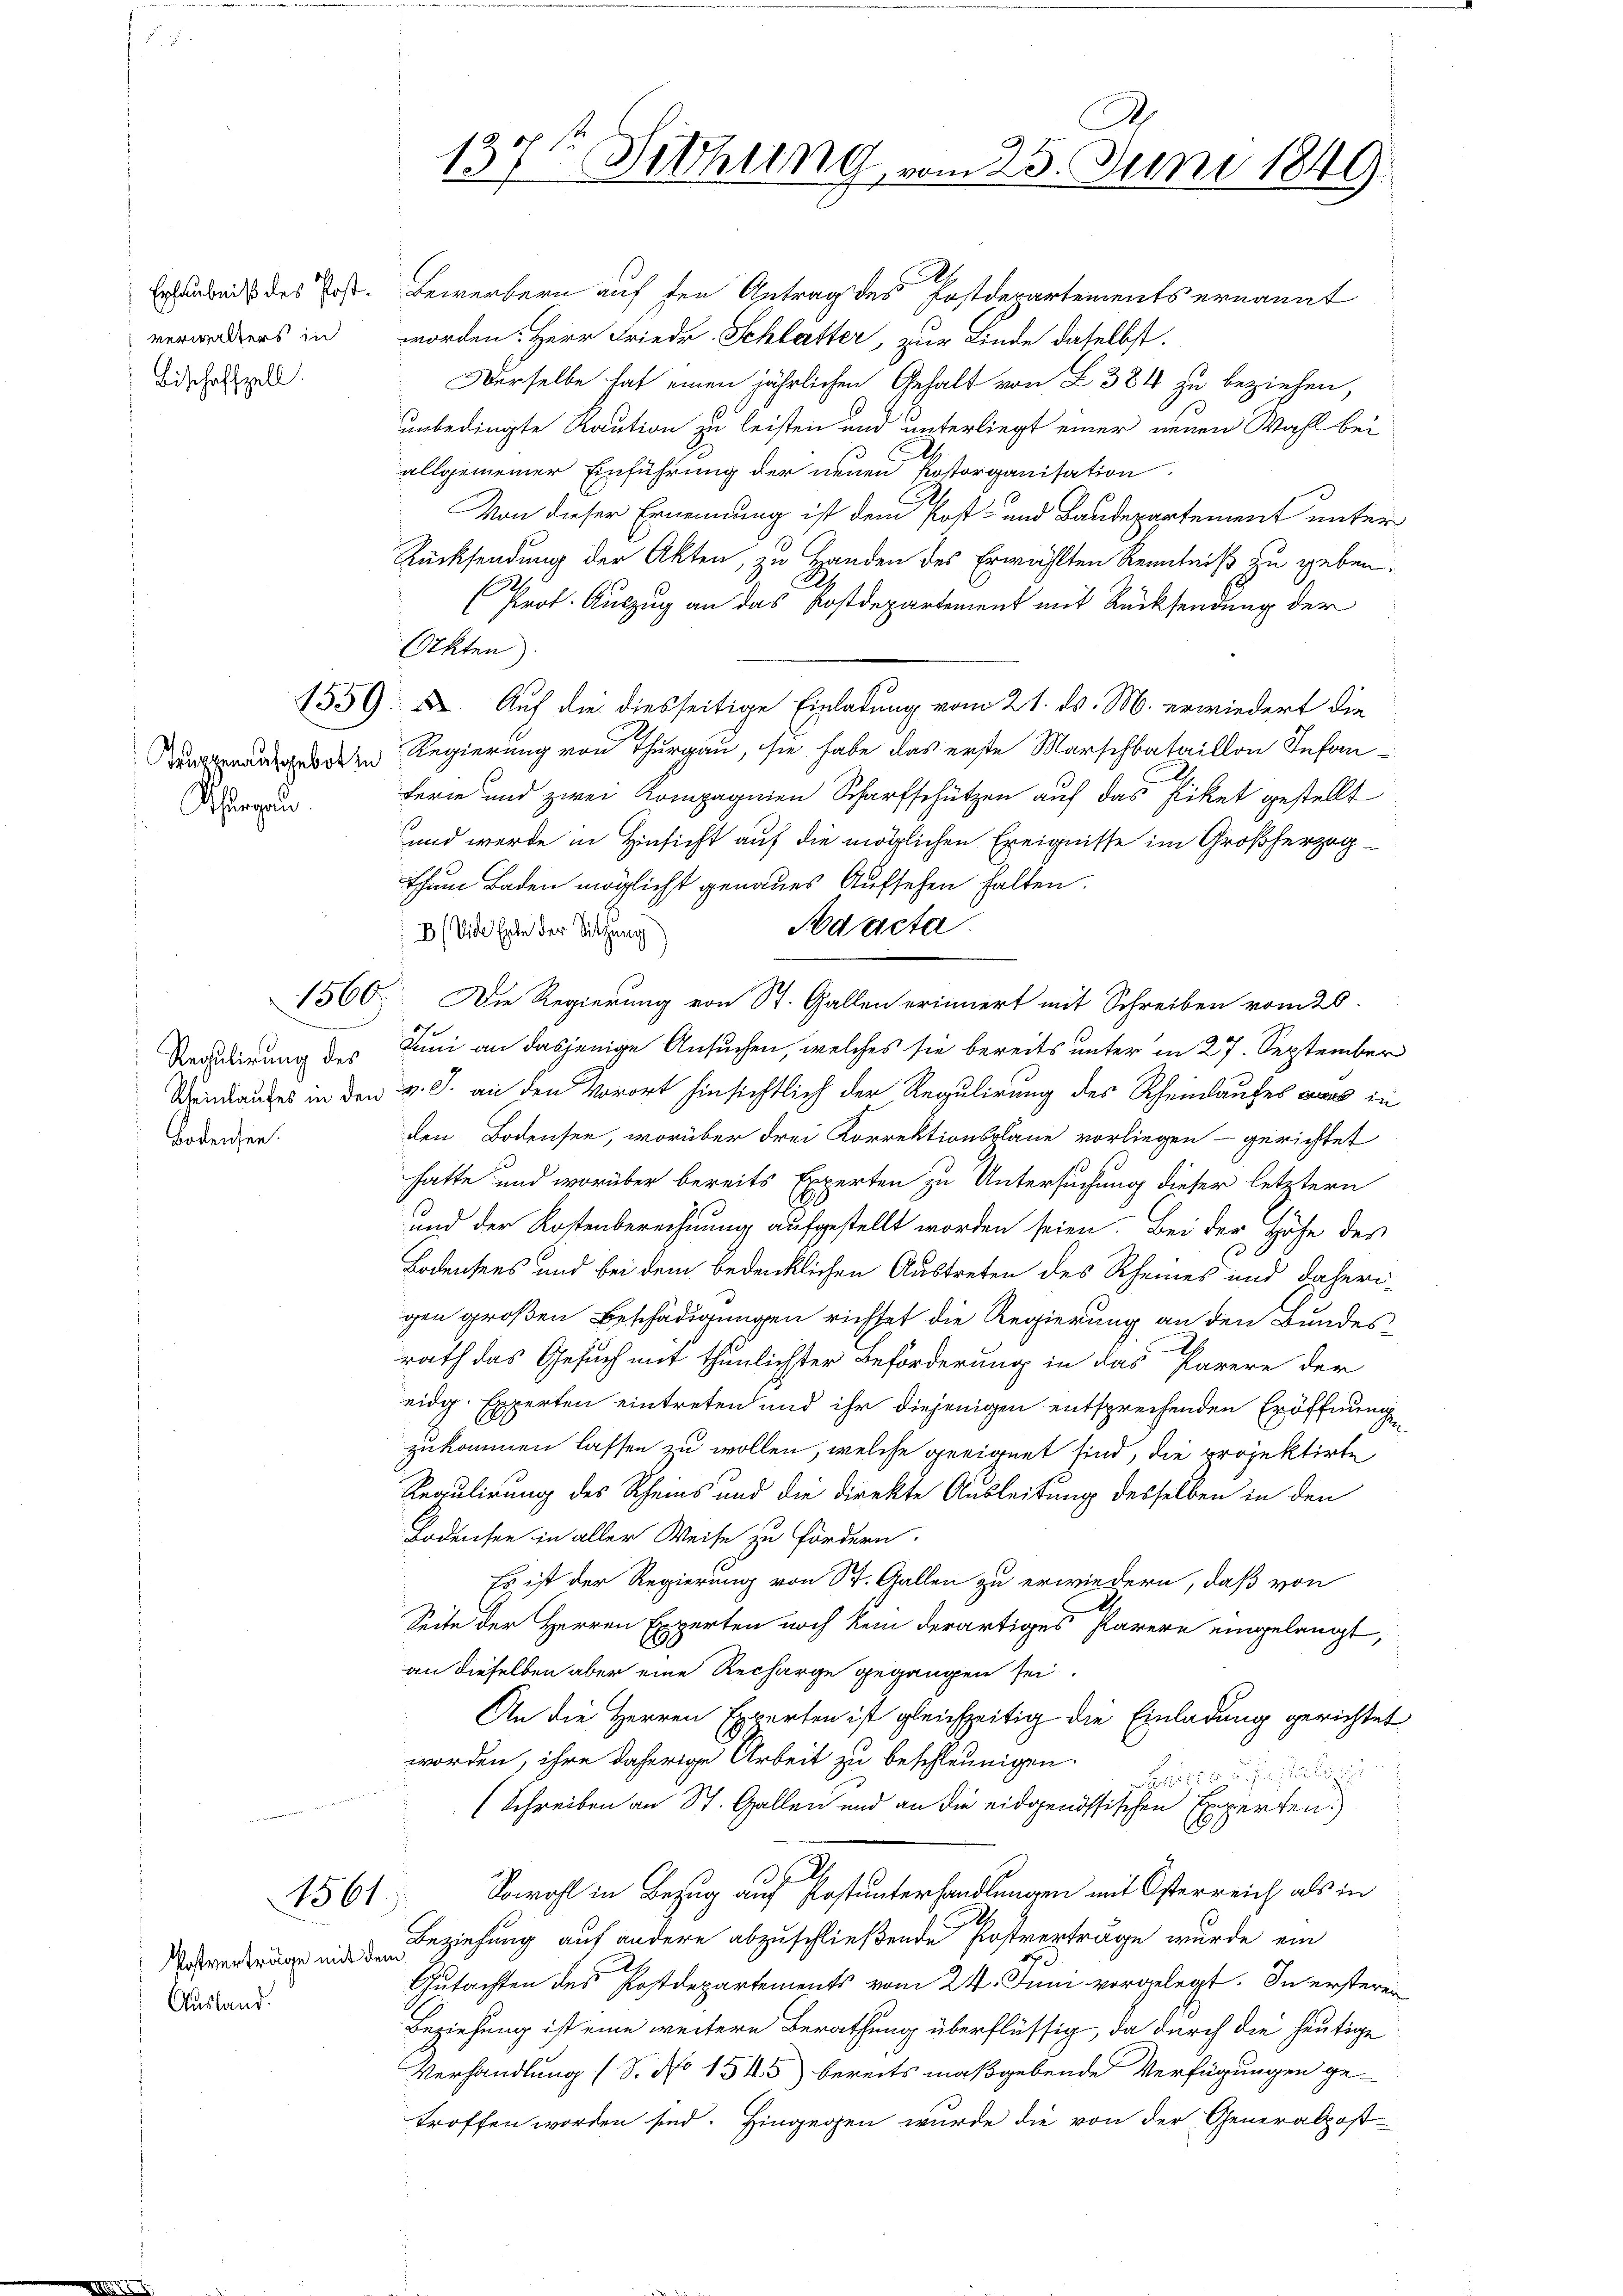
verwalters in
Bischaffzell.

Truppenaufgebot in
Thurgau

Regulirung des
bodensen.

1561.

Ausland.

.
137t Fithung vom 25. Juni 1849.

2
Erlaubniß des Post. Bewerbern auf den Antrag des Postdepartements ernannt
worden: Herr Friedr. Schlatter, zur Linde daselbst.
Derselbe hat einen jährlichen Gehalt von Z. 384 zu beziehen,
unbedingte Raution zu leisten und unterliegt einer neuen Wahl bei
allgemeiner Einführung der neuen Pastorganisation
Von dieser Ernennung ist dem Post- und Baudepartement unter
Rücksendung der Akten, zu Handen des Erwählten Kenntniß zu geben.
Prot. Auszug an das Postdepartement mit Rücksendung der
Okten
1559. Auf die diesseitige Einladung vom 21. ds. M. erwiedert die
Regierung von Thurgau, sie habe das erste Marschbataillon Infan
Ferie und zwei Kompagnien Scharfschützen auf das Piket gestellt
und werde in Hinsicht auf die möglichen Ereignisse im Großherzogthum Baden möglicht genaues Aufsehen halten.
Ad acta.
B (Vide Erte der Sitzung
1560. Die Regierung von St. Gallen erinnert mit Schreiben vom 20.
Juni an dasjenige Ansuchen, welches sie bereits unter in 27. September
Beinkaufes in den v. J. an den Vorort hinsichtlich der Regulirung des Rheinlaufes was in
den Bodensee, worüber drei Korrektionsplane vorliegen - gerichtet
hatte und worüber bereits Experten zu Untersuchung dieser letztern
und der Kostenberechnung aufgestellt worden seien. Bei der Höhe des
Bodensees und bei dem bedenklichen Austreten des Rheines und daherigen großen Beschädigungen richtet die Regierung an den Bundesrath das Gesuch mit thunlichster Beförderung in das Parere der
eidg. Experten eintreten und ihr diejenigen entsprechenden Eröffnung
zukommen lassen zu wollen, welche geeignet sind, die projektirte
Regulirung des Rheins und die direkte Ausleitung desselben in den
Bodensee in aller Weise zu fördern.
Es ist der Regierung von St. Gallen zu erwiedern, daß von
Seite der Herren Experten noch kein derartiges Parere eingelangt,
an dieselben aber eine Recharge gegangen sei.
An die Herren Experten ist gleichzeitig die Einladung gerichtet
worden, ihre daherige Arbeit zu beschleunigen.
 1880 u. s.
(Schreiben an St. Gallen und an die eidgenössischen Experten.
Sowohl in Bezug auf Post unterhandlungen mit Österreich als in
.
Postvertrage mit Beziehung auf andere abzuschließende Postverträge wurde ein
s
Gutachten des Postdepartements vom 24. Juni vorgelegt. In ersteren
Beziehung ist eine weitere Berathung überflüssig, da durch die heutige
Verhandlung (S. No 1545) bereits maßgebende Verfügungen ge-
troffen worden sind. Hingegen wurde die von der Generalpost-